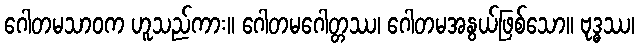
ဂေါတမသာဝက ဟူသည်ကား။ ဂေါတမဂေါတ္တဿ၊ ဂေါတမအနွယ်ဖြစ်သော။ ဗုဒ္ဓဿ၊